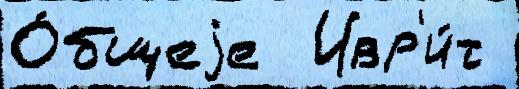
О́бщеjе  Ивр'и́т